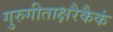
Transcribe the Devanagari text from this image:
गुरुगीताक्षरैकैकं